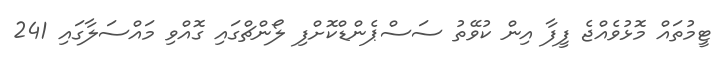
ޓީމުތައް މޮޅުވެއްޖެ ފީފާ އިން ކުވޭތު ސަސްޕެންޑްކޮށްފި ލޯންޗްގައި ގޮއްވި މައްސަލާގައި 241